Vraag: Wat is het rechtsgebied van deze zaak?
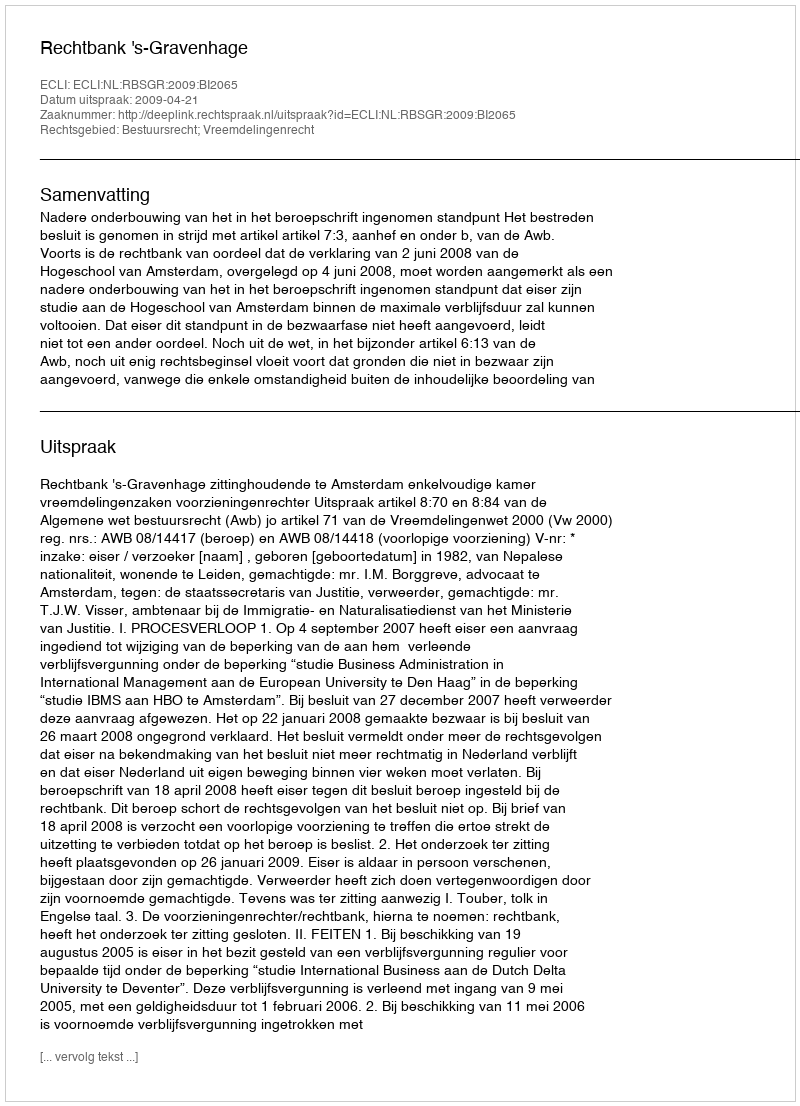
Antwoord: Bestuursrecht; Vreemdelingenrecht